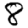
Digit: 8